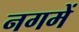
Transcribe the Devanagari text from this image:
नगमें